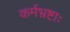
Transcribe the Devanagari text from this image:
कर्मभ्रष्टाः